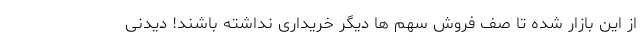
از این بازار شده تا صف فروش سهم ها دیگر خریداری نداشته باشند! دیدنی